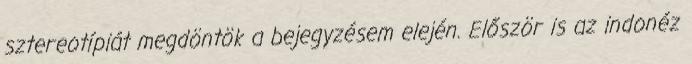
sztereotípiát megdöntök a bejegyzésem elején. Először is az indonéz